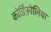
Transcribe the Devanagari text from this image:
कोर्डिफ़ोलिया